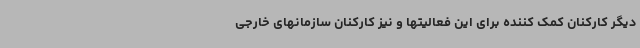
دیگر کارکنان کمک کننده برای این فعالیتها و نیز کارکنان سازمانهای خارجی